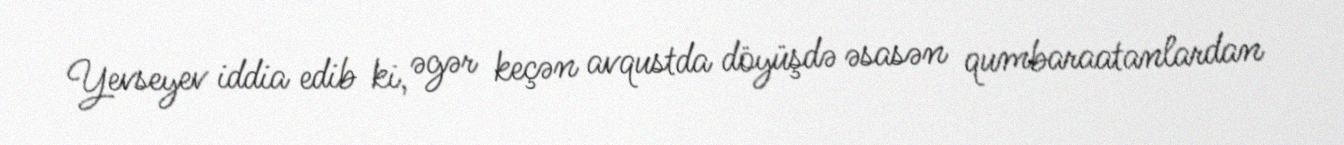
Yevseyev iddia edib ki, əgər keçən avqustda döyüşdə əsasən qumbaraatanlardan